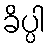
ခိပ္ပါ